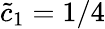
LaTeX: \tilde{c}_{1}=1/4